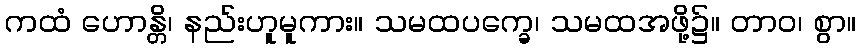
ကထံ ဟောန္တိ၊ နည်းဟူမူကား။ သမထပက္ခေ၊ သမထအဖို့၌။ တာဝ၊ စွာ။